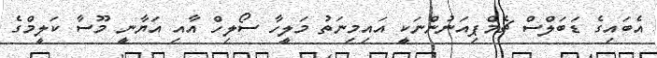
އެބައިގެ ޑަބަލްސް ޗެމްޕިއަނުންނަކީ އައިމިނަތު މަލީހާ ސޯލިހް އާއި އަޔާނީ މޫސާ ކަލީމްގެ